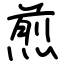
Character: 煎